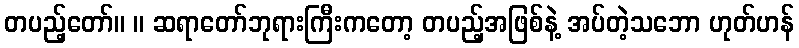
တပည့်တော်။ ။ ဆရာတော်ဘုရားကြီးကတော့ တပည့်အဖြစ်နဲ့ အပ်တဲ့သဘော ဟုတ်ဟန်